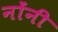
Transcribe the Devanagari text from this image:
नोंनी